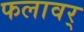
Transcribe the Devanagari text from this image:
फलावर्